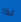
لذا